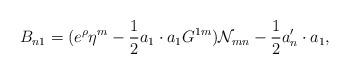
LaTeX: \begin{align*}B_{n1}=(e^{\rho}\eta^{m} -{1\over 2} a_1\cdot a_1 G^{1m}){\cal N}_{mn}-{1\over 2}a'_n \cdot a_1,\end{align*}